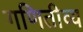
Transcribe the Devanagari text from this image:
गणितीव्य